Leaving Certificate Examination, 1910
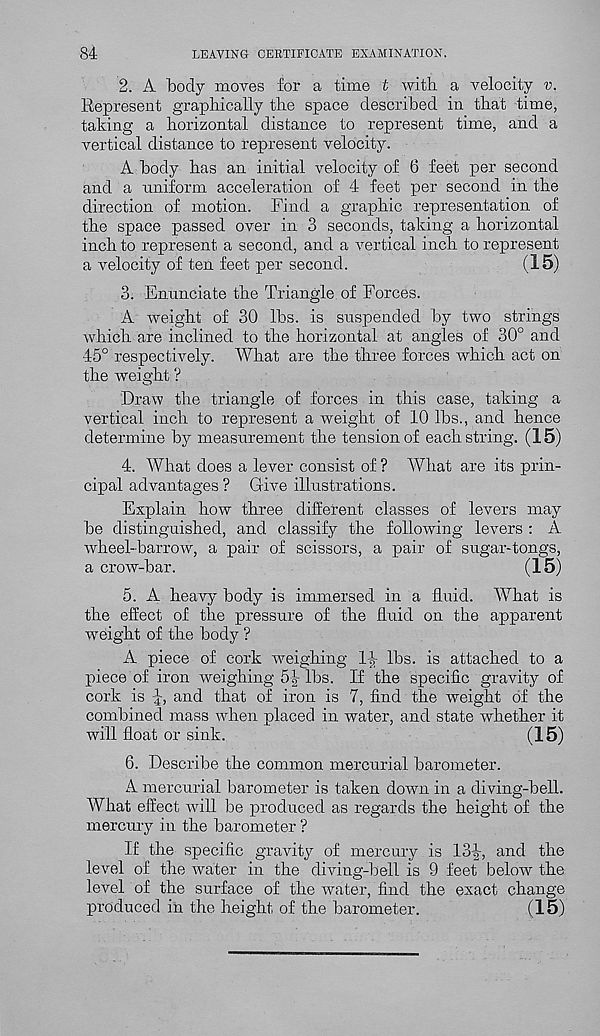
84
LEAVING CERTIFICATE EXAMINATION.
2. A body moves for a time t with a velocity v.
Represent graphically the space described in that time,
taking a horizontal distance to represent time, and a
vertical distance to represent velocity.
A body has an initial velocity of 6 feet per second
and a uniform acceleration of 4 feet per second in the
direction of motion. Find a graphic representation of
the space passed over in 3 seconds, taking a horizontal
inch to represent a second, and a vertical inch to represent
a velocity of ten feet per second.
(15)
3. Enunciate the Triangle of Forces.
A weight of 30 lbs. is suspended by two strings
which are inclined to the horizontal at angles of 30° and
45° respectively. What are the three forces which act on
the weight ?.
Draw the triangle of forces in this case, taking a
vertical inch to represent a weight of 10 lbs., and hence
determine by measurement the tension of each string. (15)
4. What does a lever consist of ? What are its prin-
cipal advantages ? Give illustrations.
Explain how three different classes of levers may
be distinguished, and classify the following levers : A
wheel-barrow, a pair of scissors, a pair of sugar-tongs,
a crow-bar.
(15)
5. A heavy body is immersed in a fluid. What is
the effect of the pressure of the fluid on the apparent
weight of the body ?
A piece of cork weighing 1|- lbs. is attached to a
piece of iron weighing 5f- lbs. If the specific gravity of
cork is ij, and that of iron is 7, find the weight of the
combined mass when placed in water, and state whether it
will float or sink.
(15)
6. Describe the common mercurial barometer.
A mercurial barometer is taken down in a di ving-bell.
What effect will be produced as regards the height of the
mercury in the barometer ?
If the specific gravity of mercury is 13|-, and the
level of the water in the diving-bell is 9 feet below the
level of the surface of the water, find the exact change
produced in the height of the barometer.
(15)